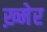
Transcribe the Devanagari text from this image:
ख़्मेर